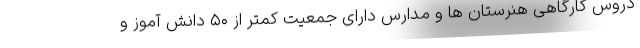
دروس کارگاهی هنرستان ها و مدارس دارای جمعیت کمتر از ۵۰ دانش آموز و